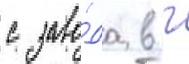
с заво́да в г